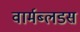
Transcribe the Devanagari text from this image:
वार्मब्लडस